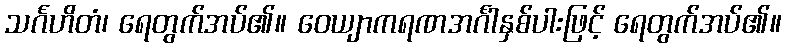
သင်္ဂဟိတံ၊ ရေတွက်အပ်၏။ ဝေယျာကရဏအင်္ဂါနှစ်ပါးဖြင့် ရေတွက်အပ်၏။